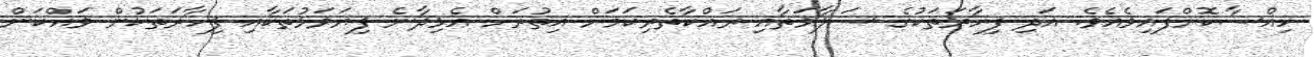
ހިއްސާކޮށްފައިވެއެވެ. އަދި ފިހާރަތަކުގެ ސަލާމަތާއި ރައްކާތެރިކަމަށް އިތުރަށް އެޅިދާނެ ފިޔަވަޅުތަކާއި ފިހާރަތަކުން ވައްކަން